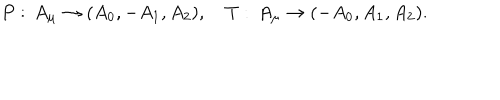
P : \, A _ { \mu } \rightarrow ( A _ { 0 } , - A _ { 1 } , A _ { 2 } ) , \quad T : \, A _ { \mu } \rightarrow ( - A _ { 0 } , A _ { 1 } , A _ { 2 } ) .